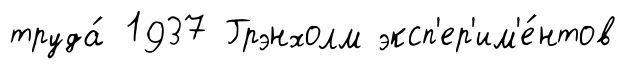
труда́ 1937 Грэнхолм эксп'ер'им'е́нтов